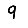
Digit: 9